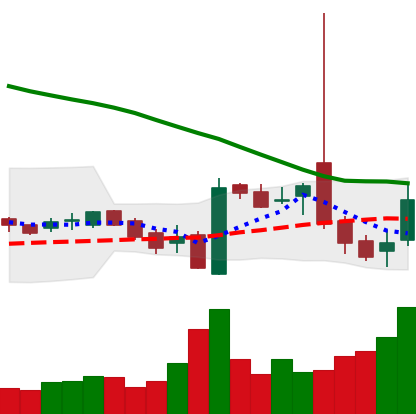
Ticker: LTC-USD
Chart end date: 2016-10-22
Forward return: 3.501%
Label: up_3_5